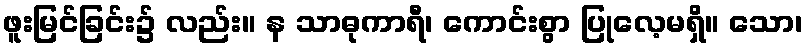
ဖူးမြင်ခြင်း၌ လည်း။ န သာဓုကာရီ၊ ကောင်းစွာ ပြုလေ့မရှိ။ သော၊